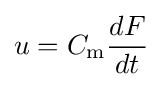
u=C_{\mathrm {m} }{\frac {dF}{dt}}